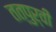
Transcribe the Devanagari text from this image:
तत्पुर्वी